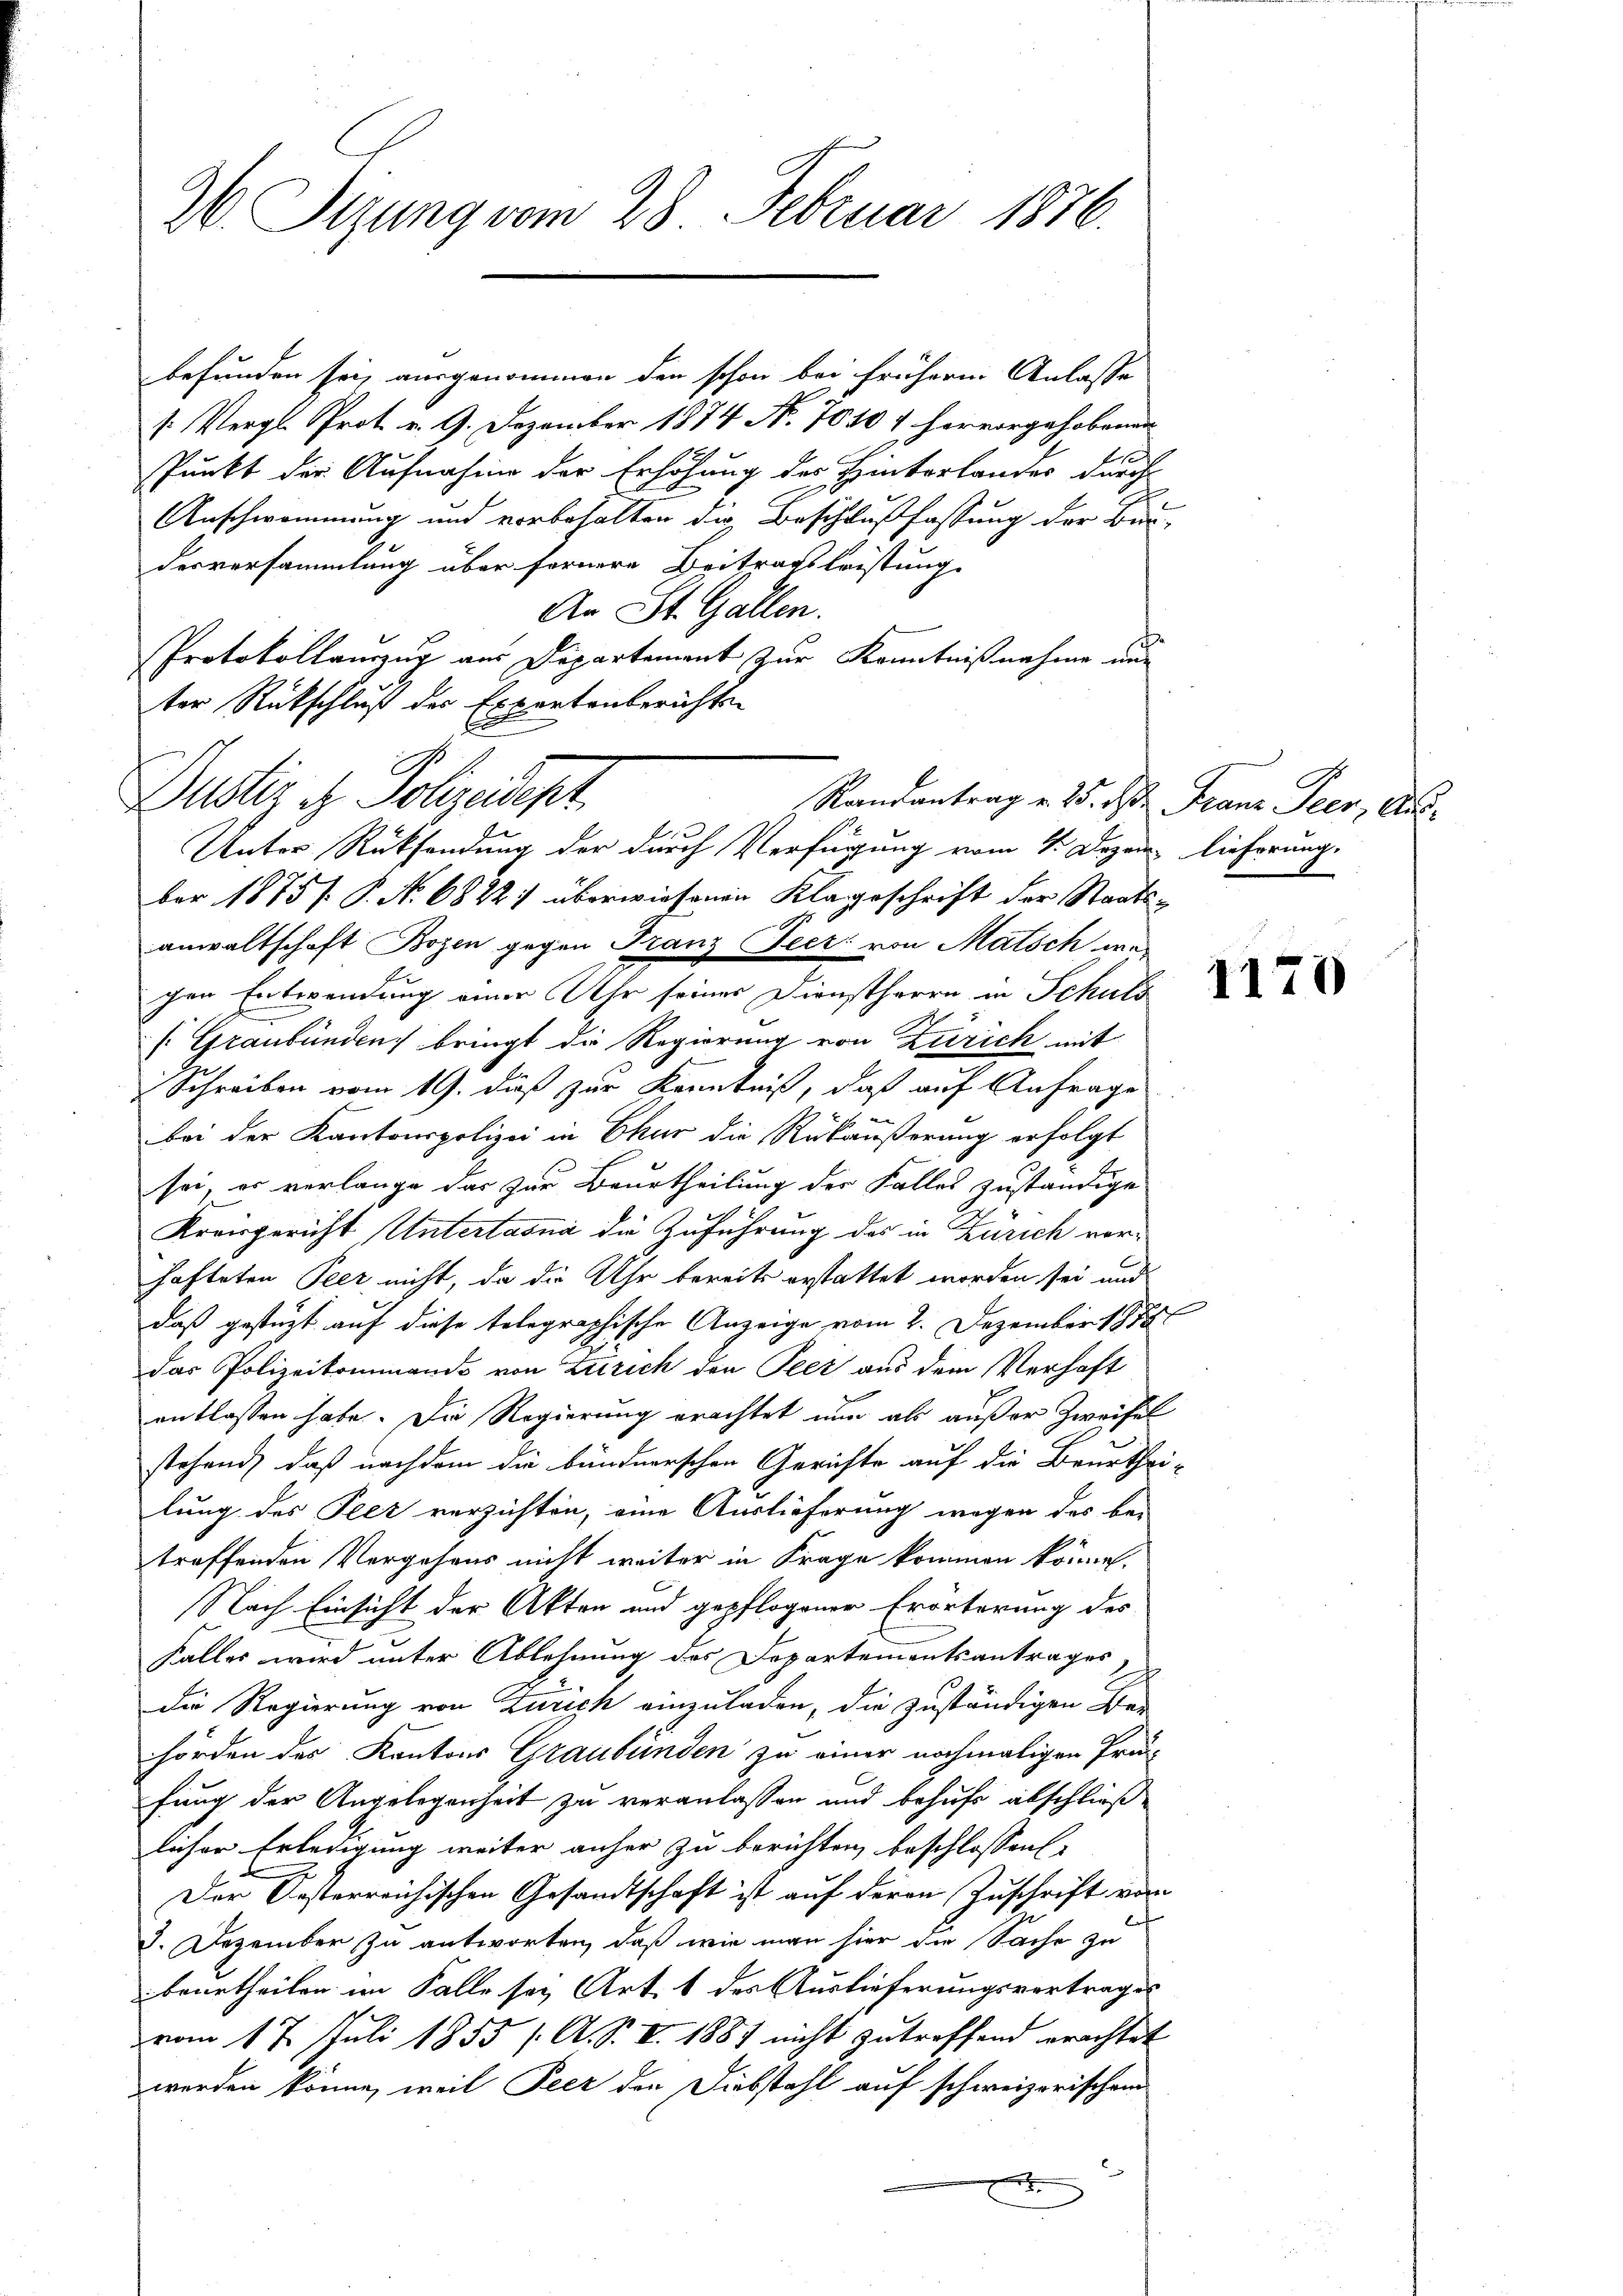
2 Sizung vom 28. Februar 1876.

befunden sei, ausgenommen den schon bei frühere Anlasse
1. Vergl. Prot. v. 9. Dezember 1874. No. 7010 4 hervorgehobenen
Punkt der Aufnahme der Erhöhung des Hinterlandes durch
Anschwommung und vorbehalten die Beschlußfassung der Bundesversammlung über fernere Beitragsleistung
An St. Gallen.
Protokollanzug aus Departement zur Kenntnißnahme aus
ter Rückschluß des Expertenberichte
Dustiz & Polizeidept.
Unter Rücksendung der durch Verfügung vom 1. Dezem lieferung,
ber 1875 f. P. N. 6822) überwiesenen Klageschrift der Staatsanwaltschaft Bozen gegen Franz Peer von Mutsch we
chen Entwendung einer Uhr seines Dienstherrn in Schuld
/ Graubünden bringt die Regierung von Zürich mit
Schreiben vom 19. daß zur Kenntniß, daß auf Anfrage
bei der Kantonspolizei in Chur die Rükäußerung erfolgt
sei, es verlange das zur Beurtheilung der Falles zuständige
Kreisgericht Untertasna die Zuführung des in Zürich vorhafteten Peer nicht, da die Uhr bereits erstattet worden sei und
daß gestützt auf diese telegraphische Anzeige vom 2. Dezember 1888
das Polizeikommando von Zürich den Peer aus dem Verhaft
entlassen habe. Die Regierung erachtet nun als außer Zweifel
stehend, daß nachdem die bündnerschen Gerichte auf die Beurthei-
lung des Peer verzichten, eine Auslieferung wegen des be-
troffenden Vergehens nicht weiter in Frage kommen könne.
Nach Einsicht der Akten und gepflogener Erörterung des
Falles wird unter Ablehnung des Departementsantrages
die Regierung von Zürich einzuladen, die zuständigen Be-
hörden des Kantons Graubünden zu einer nochmaligen Prä-
fung der Angelegenheit zu veranlassen und behufs abschließ
licher Erledigung weiter anher zu berichten, beschlossen
Der Oesterreichischen Gesandtschaft ist auf deren Zuschrift vom
3. Dezember zu antworten, daß wie man hier die Sache zu
beurtheilen im Falle sey Art. 1 des Auslieferungsvortrages
vom 17. Juli 1855 /A. S. V. 1887 nicht zutreffend erachtet
werden könne, weil Peer den Diebstahl auf schweizerischem

Randantrag v. 25. ds. Franz Peer, Aus¬

1179